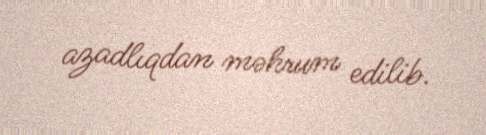
azadlıqdan məhrum edilib.